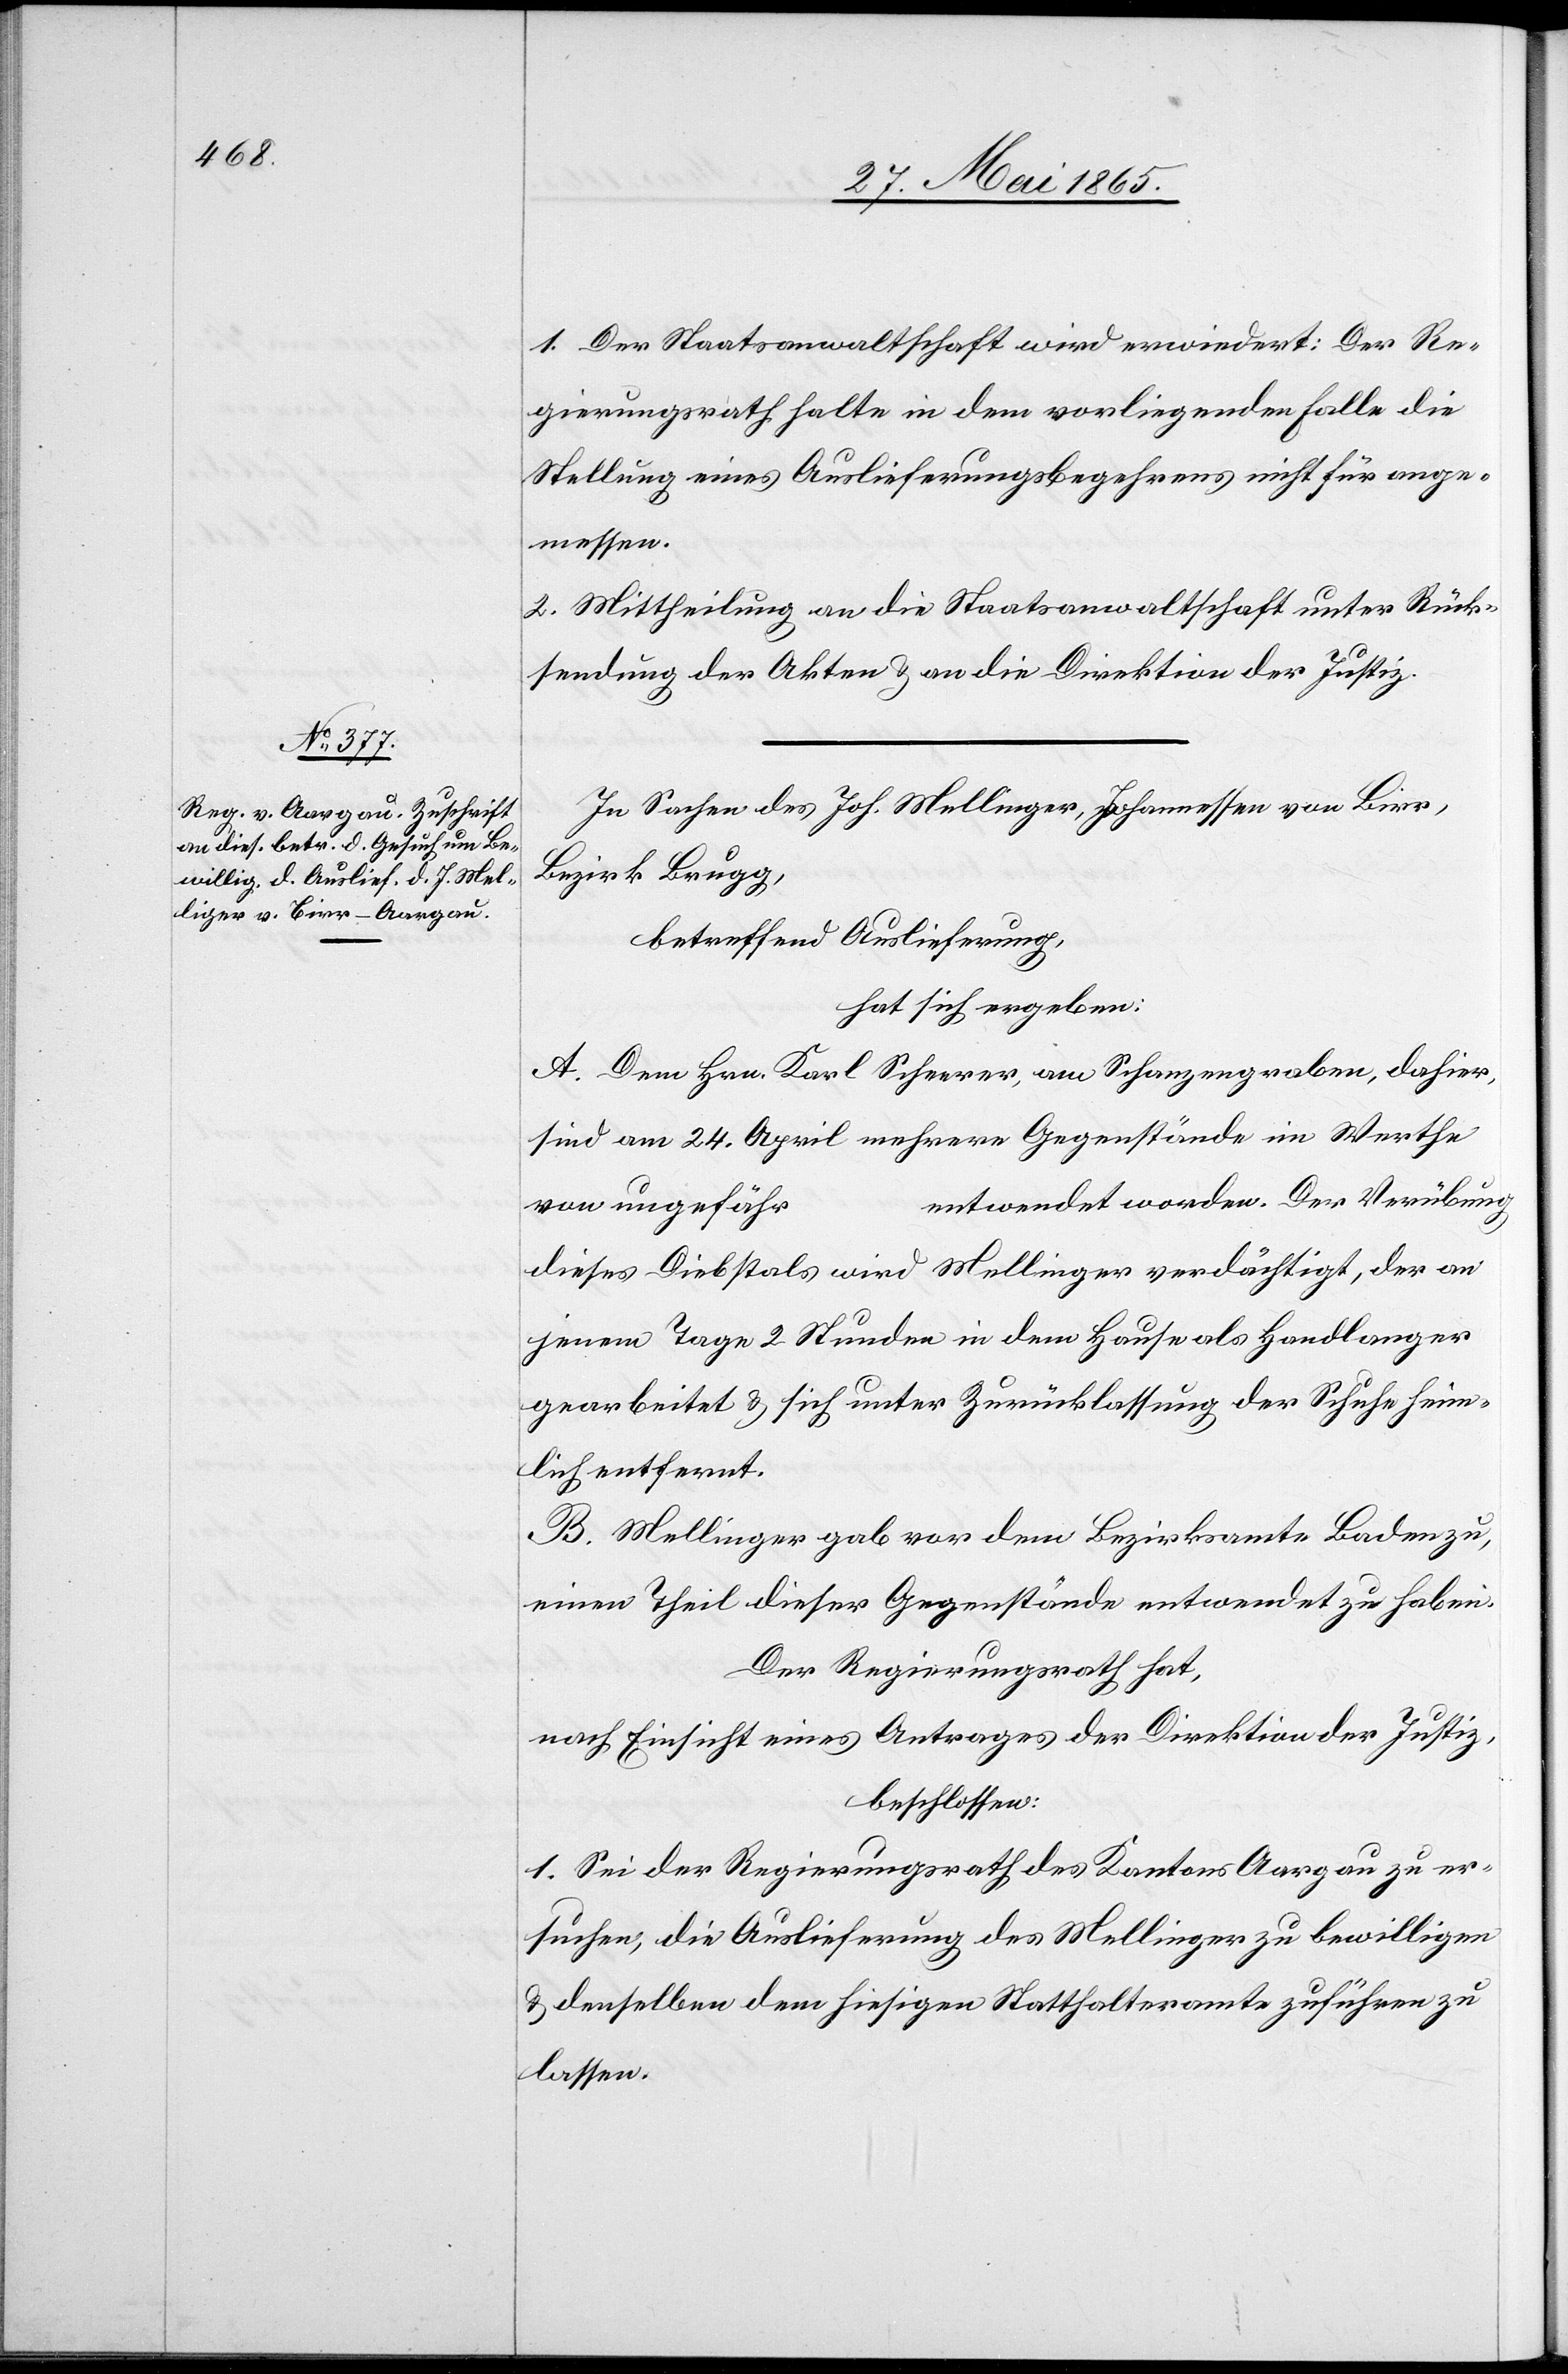
1. Der Staatsanwaltschaft wird erwiedert: Der Re¬
gierungsrath halte in dem vorliegenden Falle die
Stellung eines Auslieferungsbegehrens nicht für ange¬
messen.
2. Mittheilung an die Staatsanwaltschaft unter Rück¬
sendung der Akten & an die Direktion der Justiz.
In Sachen des Joh. Mellinger [sic!], Johannessen von Birr,
Bezirk Brugg,
betreffend Auslieferung,
hat sich ergeben:
A. Dem Hrn. Karl Scheerer, am Schanzengraben, dahier,
sind am 24. April mehrere Gegenstände im Werthe
entwendet worden. Der Verübung
von ungefähr
dieses Diebstals wird Mellinger verdächtigt, der an
jenem Tage 2 Stunden in dem Hause als Handlanger
gearbeitet & sich unter Zurücklassung der Schuhe heim¬
lich entfernt.
B. Mellinger gab vor dem Bezirksamte Baden zu,
einen Theil dieser Gegenstände entwendet zu haben.
Der Regierungsrath hat,
nach Einsicht eines Antrages der Direktion der Justiz,
beschlossen:
1. Sei der Regierungsrath des Kantons Aargau zu er¬
suchen, die Auslieferung des Mellinger zu bewilligen
& denselben dem hiesigen Statthalteramte zuführen zu
lassen.